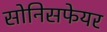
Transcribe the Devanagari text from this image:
सोनिसफेयर